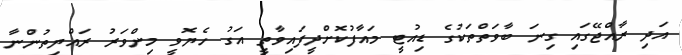
އަދި ރާއްޖޭގައި ގިނަ ބާވަތްތަކުގެ ޑިއުޓީ މައާފުކޮށްދީފައިވާތީ އަގު ހެޔޮވީ މިންވަރު ރައްޔިތުންނާ